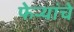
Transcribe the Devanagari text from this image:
फेऱ्यांचे